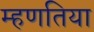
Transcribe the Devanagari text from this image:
म्हणतिया